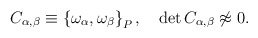
\begin{align*} C_{\alpha ,\beta } \equiv \left\{\omega _\alpha ,\omega _\beta \right\}_P, \quad \det C_{\alpha ,\beta }\not\approx 0.\end{align*}